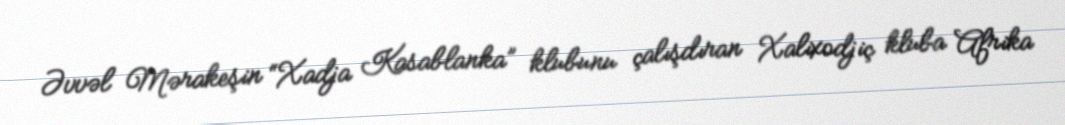
Əvvəl Mərakeşin “Xadja Kasablanka” klubunu çalışdıran Xalixodjiç kluba Afrika